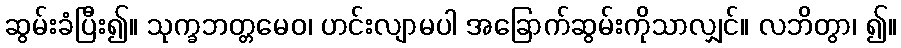
ဆွမ်းခံပြီး၍။ သုက္ခဘတ္တမေဝ၊ ဟင်းလျာမပါ အခြောက်ဆွမ်းကိုသာလျှင်။ လဘိတွာ၊ ၍။